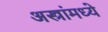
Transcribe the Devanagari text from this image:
अस्त्रांमध्ये